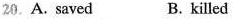
20.A. Saved B. killed